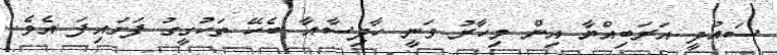
ސައުދީ އަރަބިއްޔާ އިން މިހާރު ވަނީ ހާދިސާއާ ބެހޭ ތަހުގީގު ފަށައިފަ އެވެ.